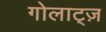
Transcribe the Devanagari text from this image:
गोलाट्ज़